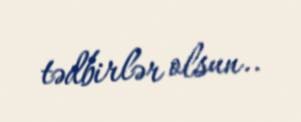
tədbirlər olsun..